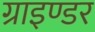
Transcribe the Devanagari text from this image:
ग्राइण्डर